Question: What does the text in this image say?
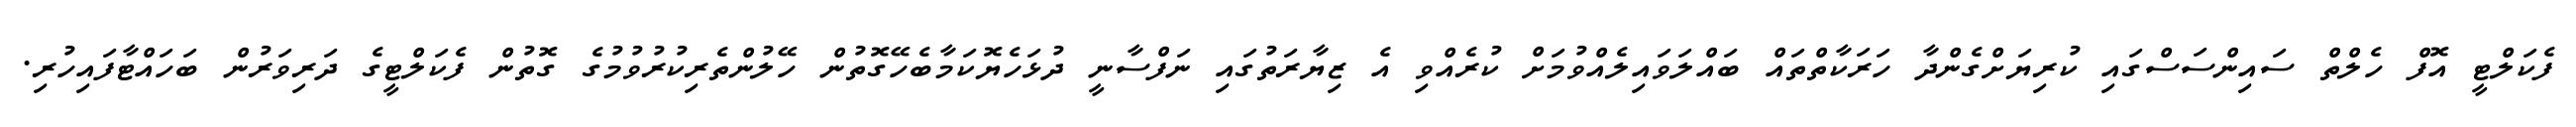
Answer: ފެކަލްޓީ އޮފް ހެލްތް ސައިންސަސްގައި ކުރިޔަށްގެންދާ ހަރަކާތްތައް ބައްލަވައިލެއްވުމަށް ކުރެއްވި އެ ޒިޔާރަތުގައި ނަފްސާނީ ދުޅަހެޔޮކަމާބެހޭގޮތުން ހޭލުންތެރިކުރުވުމުގެ ގޮތުން ފެކަލްޓީގެ ދަރިވަރުން ބަހައްޓާފައިހުރި.